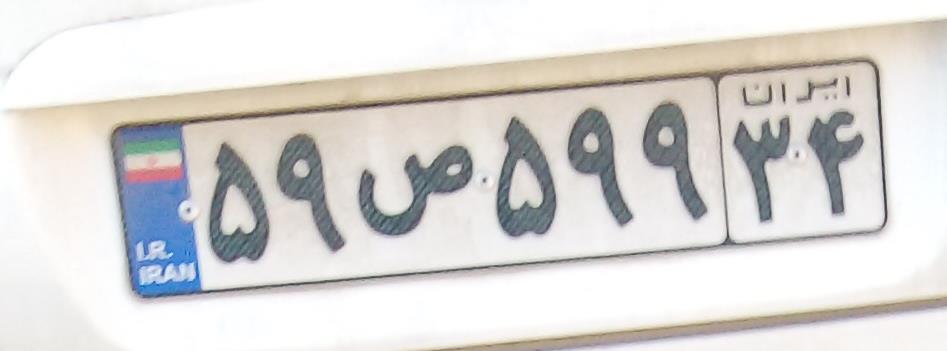
۵۹ص۵۹۹۳۴